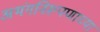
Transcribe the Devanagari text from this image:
अभंगनिरूपणाच्या